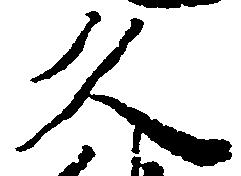
久